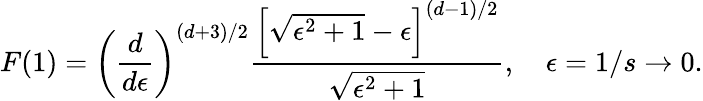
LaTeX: F(1)=\left(\frac{d}{d\epsilon}\right)^{(d+3)/2}{\frac{\left[\sqrt{\epsilon^{2}+1}-\epsilon\right]^{(d-1)/2}}{\sqrt{\epsilon^{2}+1}}},\quad\epsilon=1/s\to 0.